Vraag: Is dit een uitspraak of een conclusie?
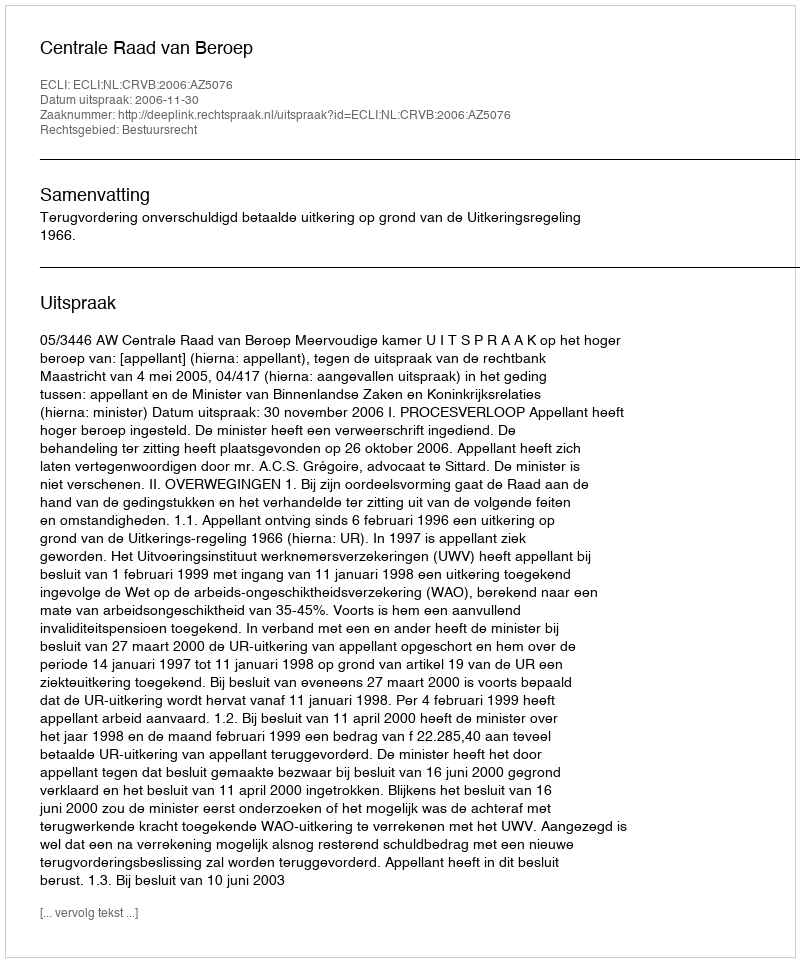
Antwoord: Uitspraak